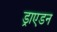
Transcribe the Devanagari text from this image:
ड्राएडन